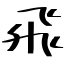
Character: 飛